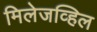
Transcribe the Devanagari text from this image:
मिलेजव्हिल